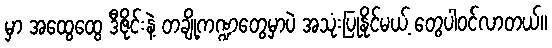
မှာ အထွေထွေ ဒီဇိုင်းနဲ့ တချို့ကဏ္ဍတွေမှာပဲ အသုံးပြုနိုင်မယ့် တွေပါဝင်လာတယ်။